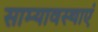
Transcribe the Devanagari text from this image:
साम्यावस्थाएं